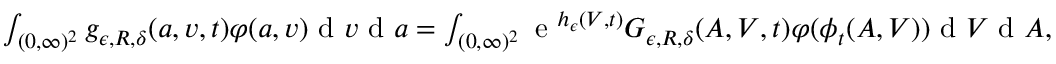
\begin{array} { r } { \int _ { ( 0 , \infty ) ^ { 2 } } g _ { \epsilon , R , \delta } ( a , v , t ) \varphi ( a , v ) \textup { d } v \textup { d } a = \int _ { ( 0 , \infty ) ^ { 2 } } \textup { e } ^ { h _ { \epsilon } ( V , t ) } G _ { \epsilon , R , \delta } ( A , V , t ) \varphi ( \phi _ { t } ( A , V ) ) \textup { d } V \textup { d } A , } \end{array}